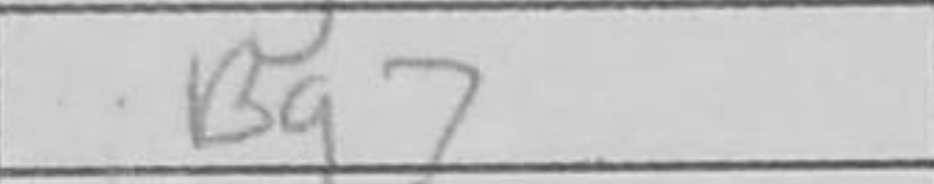
Transcription: Bg7